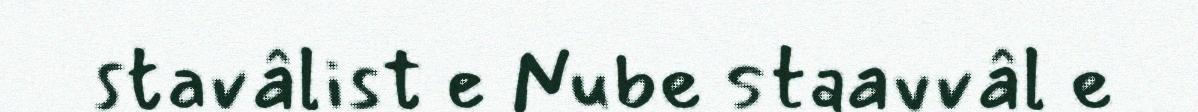
stavâlist e Nube staavvâl e